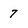
Character: 7